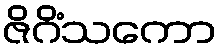
ဇိဂိံသကော